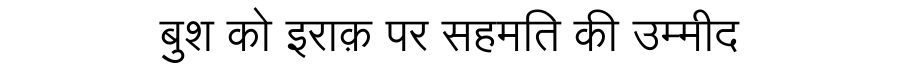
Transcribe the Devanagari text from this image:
बुश को इराक़ पर सहमति की उम्मीद